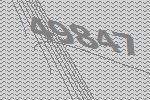
49847